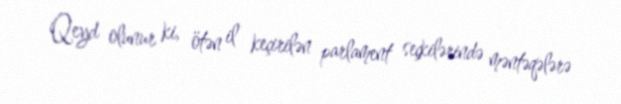
Qeyd olunur ki, ötən il keçirilən parlament seçkilərində məntəqələrə